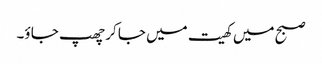
صبح میں کھیت میں جا کر چھپ جا ؤ۔